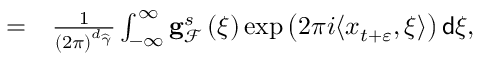
\begin{array} { r l } { = } & { { } \frac { 1 } { \left( 2 \pi \right) ^ { d _ { \widehat { \gamma } } } } \int _ { - \infty } ^ { \infty } \mathbf { g } _ { \mathcal { F } } ^ { s } \left( \xi \right) \exp \left( 2 \pi i \langle x _ { t + \varepsilon } , \xi \rangle \right) \mathsf { d } \xi , } \end{array}